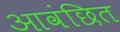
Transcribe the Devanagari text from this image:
आवंछित